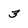
Character: 3